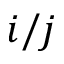
i / j